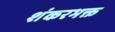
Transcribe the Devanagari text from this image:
शंकरभक्त